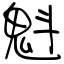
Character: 魁